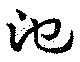
池